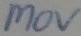
Text: MOV